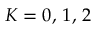
K = 0 , \, 1 , \, 2